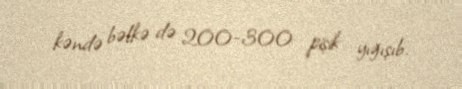
kəndə bəlkə də 200-300 pişik yığışıb.